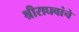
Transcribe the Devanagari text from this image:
श्रीराघवांचे